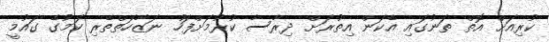
ކުރިއަށް އޮތް ތަނުގައި އެކަން އިތުރަށް ދިރާސާ ކުރުމަށްފަހު ނަޒާހަތްތެރި ކަމުގެ ގައުމީ